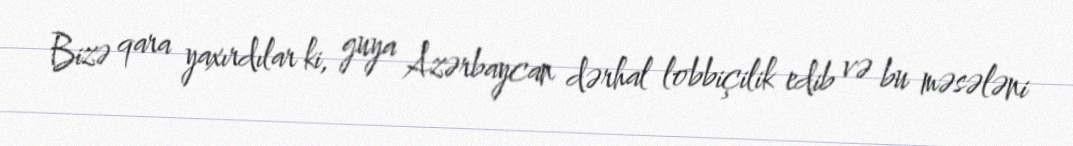
Bizə qara yaxırdılar ki, guya Azərbaycan dərhal lobbiçilik edib və bu məsələni